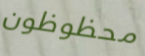
محظوظون